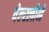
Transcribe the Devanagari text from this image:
वेल्स्लीने